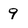
Character: 9